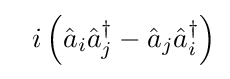
~~i\left({\hat {a}}_{i}{\hat {a}}_{j}^{\dagger }-{\hat {a}}_{j}{\hat {a}}_{i}^{\dagger }\right)